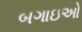
બગાઇઓ